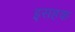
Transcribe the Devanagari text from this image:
इसहक